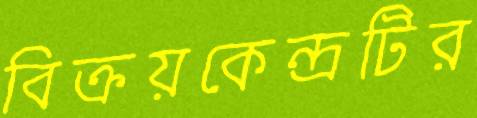
বিক্রয়কেন্দ্রটির